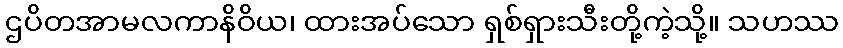
ဌပိတအာမလကာနိဝိယ၊ ထားအပ်သော ရှစ်ရှားသီးတို့ကဲ့သို့။ သဟဿ